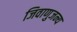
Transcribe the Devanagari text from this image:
जिवाणुजन्य